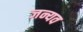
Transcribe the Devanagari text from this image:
जन्यव